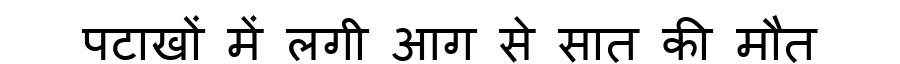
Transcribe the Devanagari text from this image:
पटाखों में लगी आग से सात की मौत